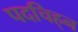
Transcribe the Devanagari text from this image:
पदचिह्‌न